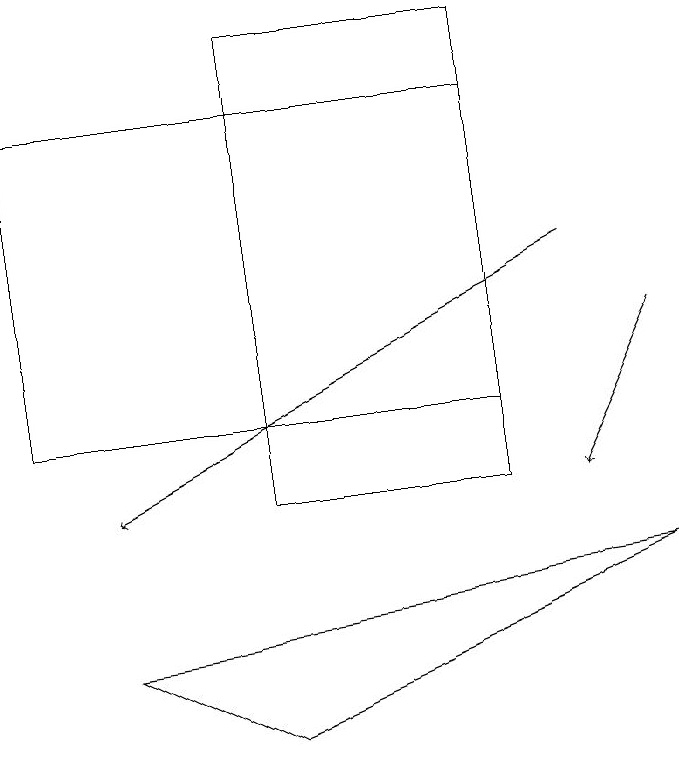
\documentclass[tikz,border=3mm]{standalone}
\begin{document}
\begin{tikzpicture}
\draw (4,7) -- (9,9) -- (2,8) -- cycle;
\draw[->] (8,13) -- (2,10);
\draw (7,10) rectangle (4,16);
\draw[->] (9,12) -- (8,10);
\draw (1,11) rectangle (7,15);
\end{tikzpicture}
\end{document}